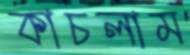
কাচলাম